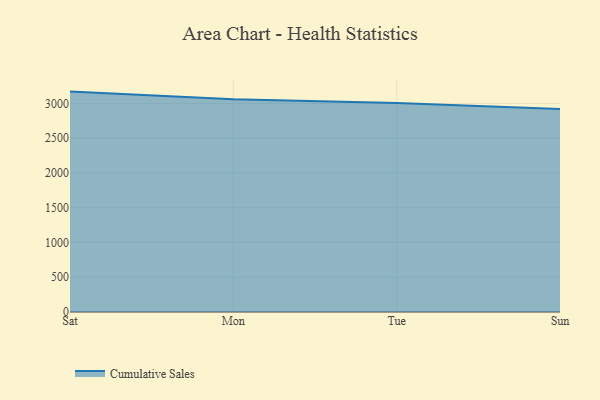
{"axis": {"x": "Day", "y": "Shipments"}, "legend": ["Cumulative Sales"], "data": [{"x": "Sat", "y": 3170.9, "type": "Cumulative Sales"}, {"x": "Mon", "y": 3061.6, "type": "Cumulative Sales"}, {"x": "Tue", "y": 3006.0, "type": "Cumulative Sales"}, {"x": "Sun", "y": 2921.4, "type": "Cumulative Sales"}]}